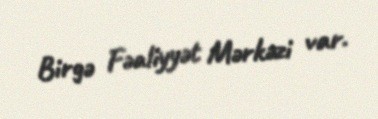
Birgə Fəaliyyət Mərkəzi var.